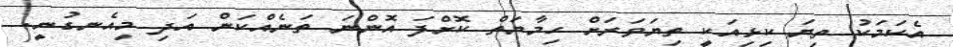
އެކަމަކު ތިޔަ ކިޅިއަކީ ތިޔަވަރަށް ހިމާޔަތް ކޮށްފަ އޮންނަ ތަނެއްކަން އަދި މިއެނގުނީ.